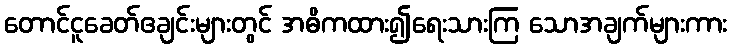
တောင်ငူခေတ်ဧချင်းများတွင် အဓိကထား၍ရေးသားကြ သောအချက်များကား